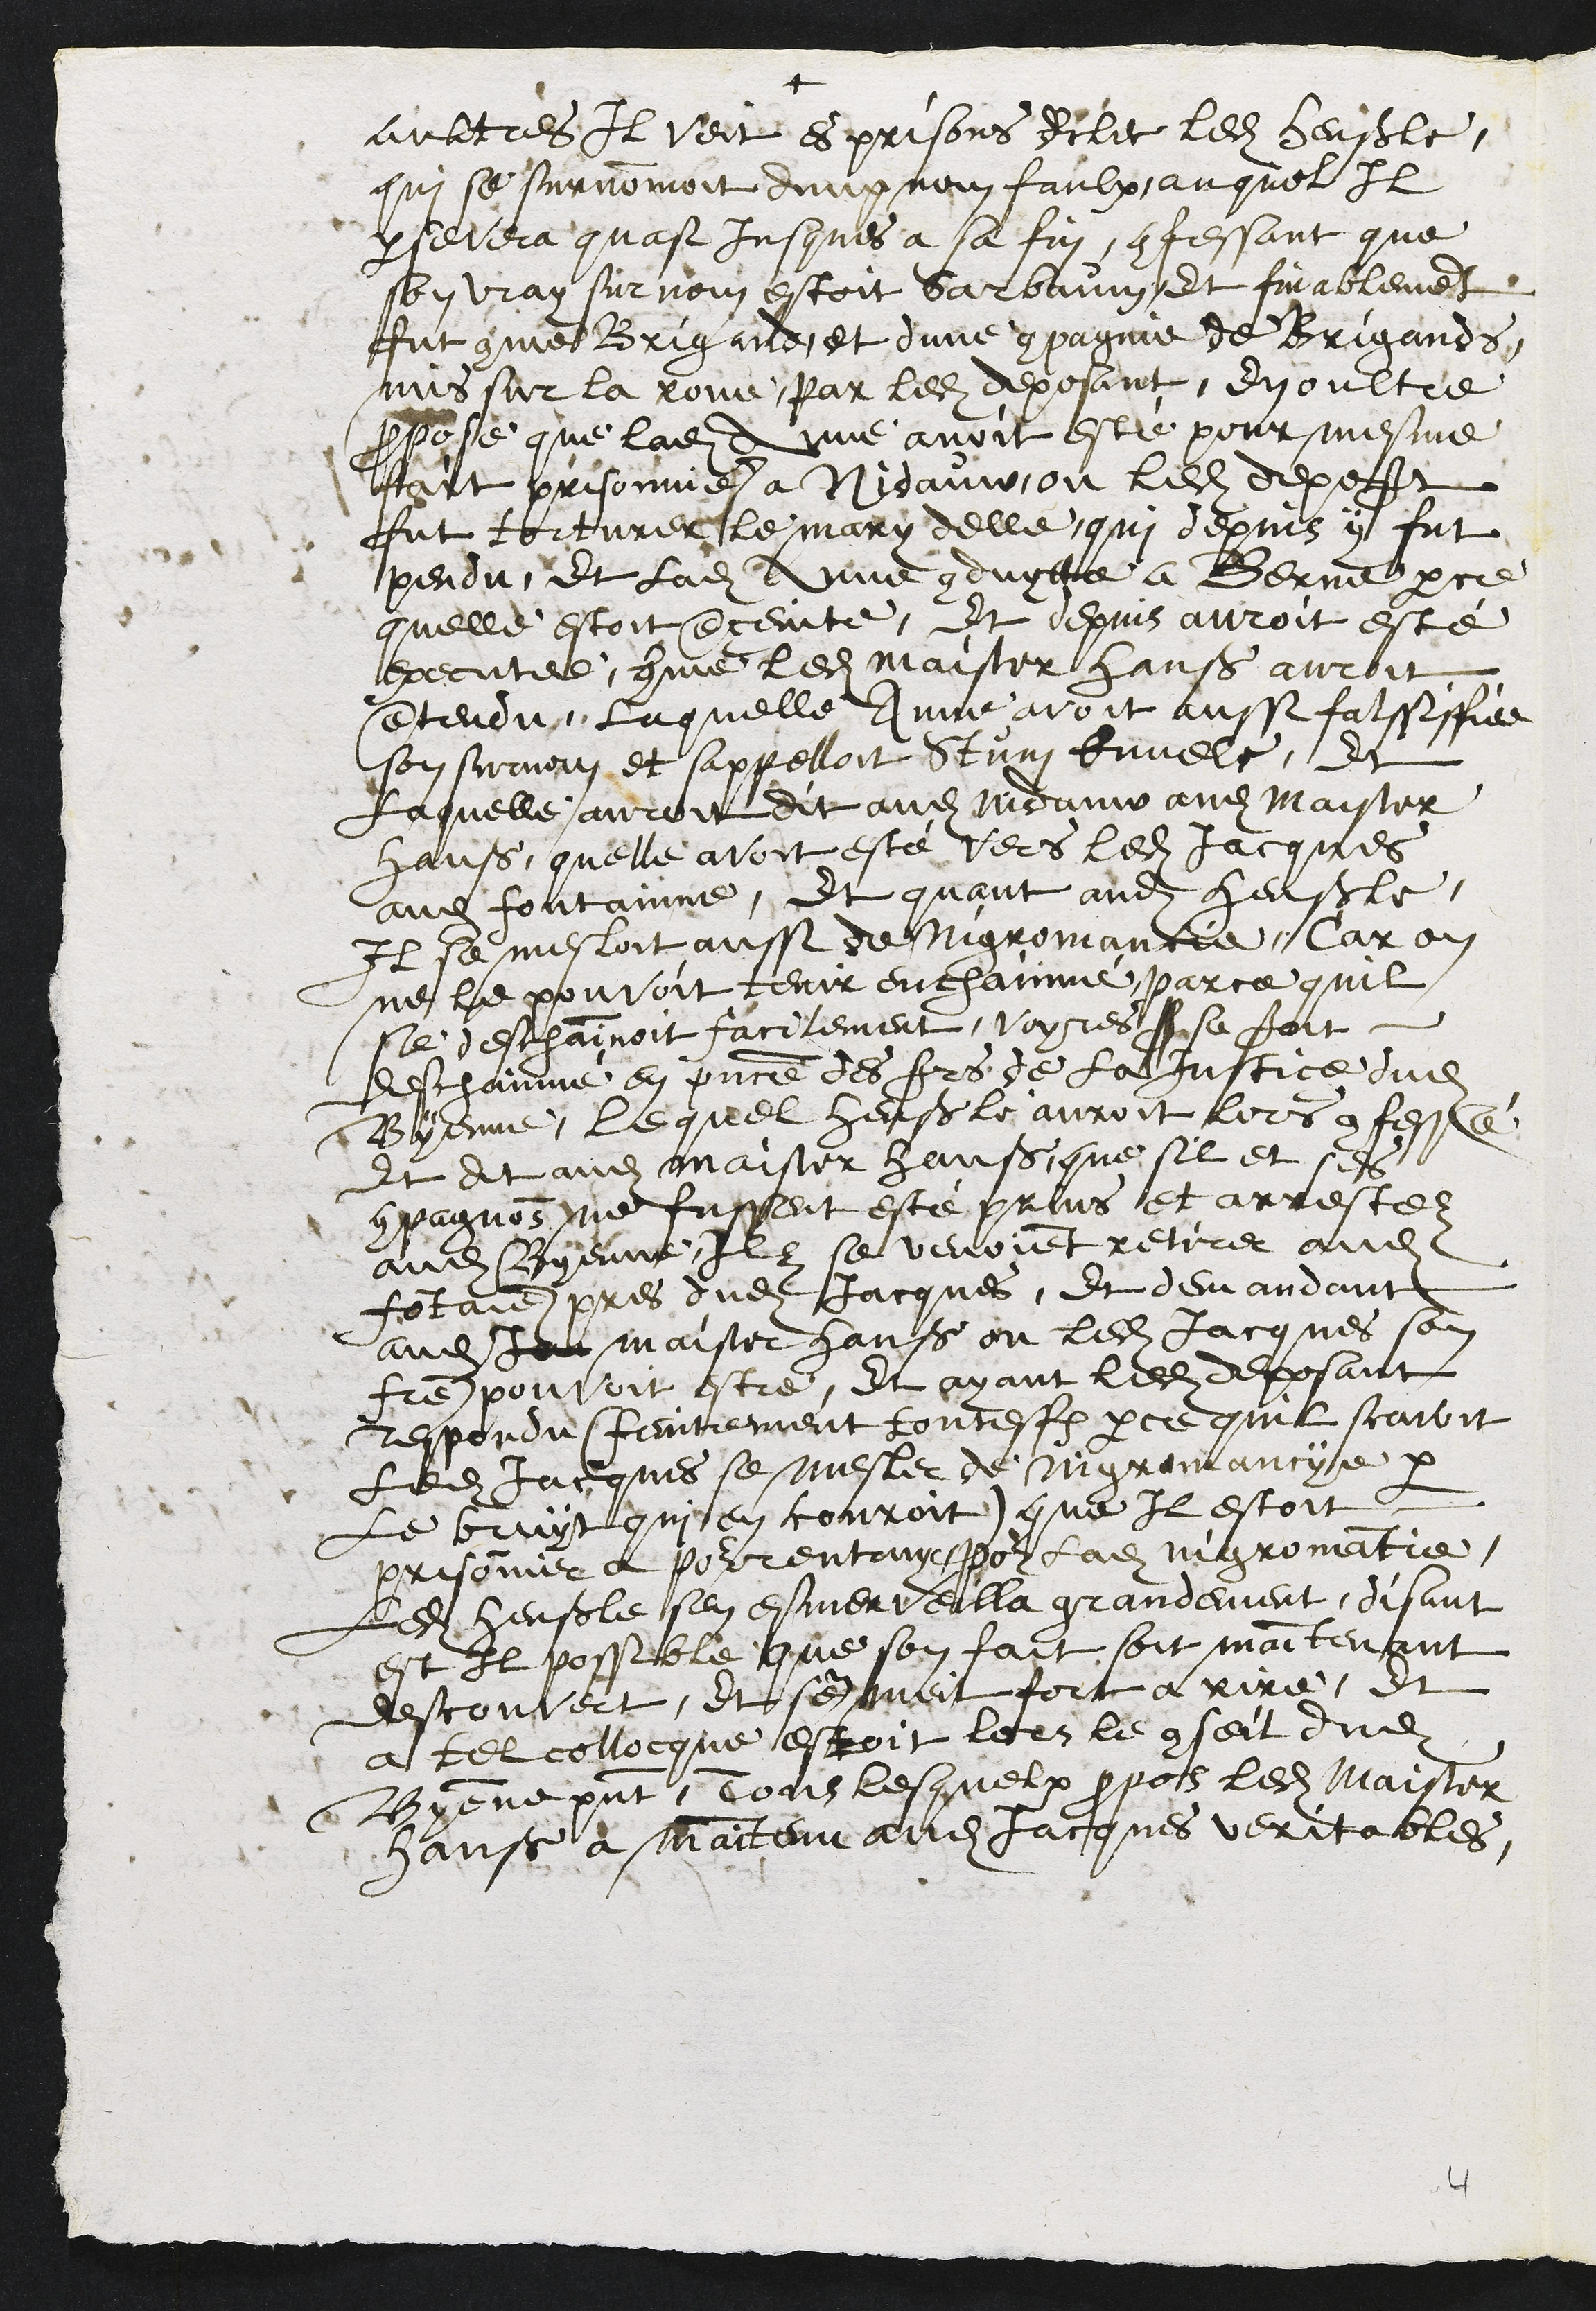
+
aultres Il veit es prisons elle dilec ledit Henßle,
qui se surnommoit dung nom faulx, auquel Il
persevera quasi jusques a sa fin, confessant que
son vray surnom estoit Sarbaum et finablement
fut comme Brigand et dune compagnie de Brigands,
mis sur la roue par ledit deposant, En oultre
propose que ladite Anne avoit esté pour mesme
fait prisonniere a Nidauw, ou ledit deposant
fut torturer le mary delle, qui depuis y fut
pendu, et ladite Anne conduytte a Berne parce
quelle estoit enceinte, Et depuis auroit esté
executee, comme ledit Maister Hanß auroit
entendu, laquelle Anne avoit aussi falssiffiee
son surnom et sappelloit Stum Ennele, Et
Laquelle auroit dit audit Nidauw audit Maister
Hanß, quelle avoit esté vers ledit Jacques
audit fontainne, Et quant audit Henßle,
Il se mesloit aussi de Nigromancie, Car on
ne le pouvoit tenir enchainné, parce quil
se deschainnoit facilement, voyres ser se seroit
deschainné en presence des srs de la justice dudit
Byenne, lequel Henßle auroit lors confessé
Et dit audit maister Hanß que sil et ses
compagnons ne fussent esté prins et arrestez
audit Byenne Ilz se venoient retirer audit
fontaine pres dudit Jacques, et demandant
audit ja maister Hanß ou ledit Jacques son
fre pouvoit estre, et ayant ledit deposant
respondu (feintement toutesfois parce quil scavoit
Ledit Jacques se mesler de nigromancye par
le bruyt qui en couroit) que Il estoit
prisonnier a pourrentruy pour ladite nigromantie,
ledit Henßle sen esmerveilla grandement, disant
est il possible que son fait soit maintenant
descouvert, et sen meit fort a rire, et
a tel collocque estoit lors le conseil dudit
Byenne present, Tous lesquelx propos ledit Maister
Hanß a maintenu audit Jacques veritables,

4